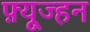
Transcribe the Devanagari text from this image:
फ़्यूज्हन